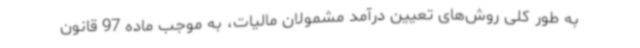
به طور کلی روش‌های تعیین درآمد مشمولان مالیات، به موجب ماده 97 قانون